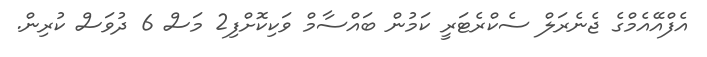
އެފްއޭއެމްގެ ޖެނެރަލް ސެކްރެޓަރީ ކަމުން ބައްސާމް ވަކިކޮށްފި2 މަސް 6 ދުވަސް ކުރިން.